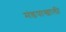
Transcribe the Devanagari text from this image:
मंडपाखाली